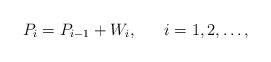
LaTeX: \begin{align*}P_i=P_{i-1}+W_i,\ \ \ \ \ i=1,2,\dots,\end{align*}